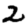
Digit: 2